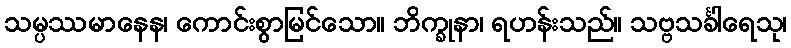
သမ္ပဿမာနေန၊ ကောင်းစွာမြင်သော။ ဘိက္ခုနာ၊ ရဟန်းသည်။ သဗ္ဗသင်္ခါရေသု၊